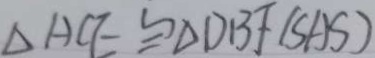
\Delta A C E \cong \Delta D B F ( S A S )